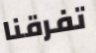
تفرقنا